Annual administration report of the Civil Veterinary Department of India - 1894-1895
Year: 1894
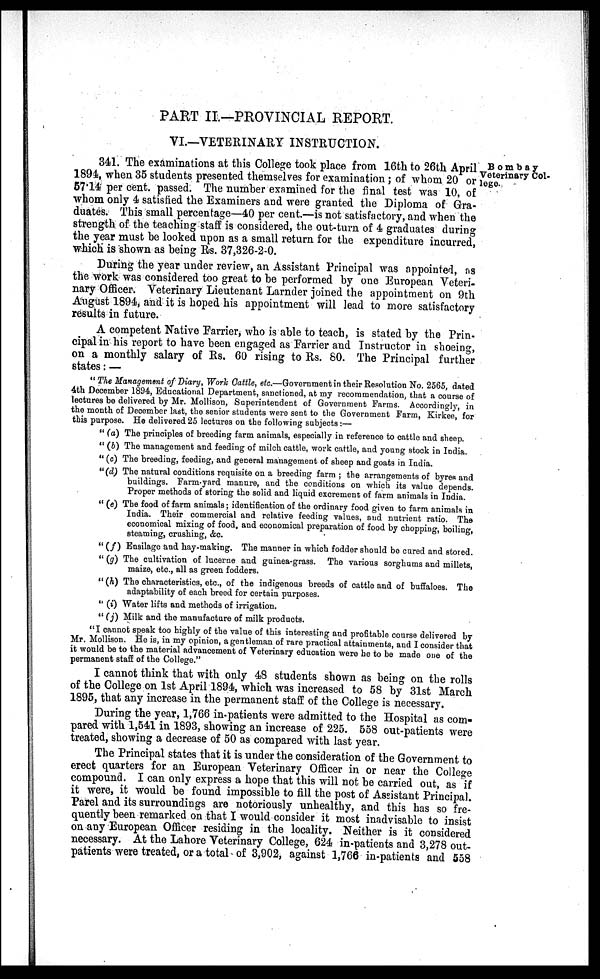
PART II—PROVINCIAL REPORT.
VI.—VETERINARY INSTRUCTION.
Bombay
Veterinary Col-
lege.
341. The examinations at this College took place from 16th to 26th April.
1894, when 35 students presented themselves for examination; of whom 20 or
57.14 per cent, passed. The number examined for the final test was 10, of
whom only 4 satisfied the Examiners and were granted the Diploma of Gra-
duates. This small percentage—40 per cent.—is not satisfactory, and when the
strength of the teaching staff is considered, the out-turn of 4 graduates during
the year must be looked upon as a small return for the expenditure incurred,
which is shown as being Rs. 37,326-2-0.
During the year under review, an Assistant Principal was appointed, as
the work was considered too great to be performed by one European Veteri-
nary Officer. Veterinary Lieutenant Larnder joined the appointment on 9th
August 1894, and it is hoped his appointment will lead to more satisfactory
results in future.
A competent Native Farrier, who is able to teach, is stated by the Prin-
cipal in his report to have been engaged as Farrier and Instructor in shoeing,
on a monthly salary of Rs. 60 rising to Rs. 80. The Principal further
states: —
"The Management of Diary, Work Cattle, etc.—Government in their Resolution No. 2565, dated
4th December 1894, Educational Department, sanctioned, at my recommendation, that a course of
lectures be delivered by Mr. Mollison, Superintendent of Government Farms. Accordingly, in
the month of December last, the senior students were sent to the Government Farm, Kirkee, for
this purpose. He delivered 25 lectures on the following subjects:—
" (a) The principles of breeding farm animals, especially in reference to cattle and sheep.
" (b) The management and feeding of milch cattle, work cattle, and young stock in India.
" (c) The breeding, feeding, and general management of sheep and goats in India.
"(d) The natural conditions requisite on a breeding farm; the arrangements of byres and
buildings. Farm-yard manure, and the conditions on which its value depends.
Proper methods of storing the solid and liquid excrement of farm animals in India.
" (e) The food of farm animals; identification of the ordinary food given to farm animals in
India. Their commercial and relative feeding values, and nutrient ratio. The
economical mixing of food, and economical preparation of food by chopping, boiling,
steaming, crushing, &c.
"(f)
Ensilage and hay-making. The manner in which fodder should be cured and stored.
" (g) The cultivation of lucerne and guinea-grass. The various sorghums and millets,
maize, etc., all as green fodders.
" (h) The characteristics, etc., of the indigenous breeds of cattle and of buffaloes. The
adaptability of each breed for certain purposes.
" (i) Water lifts and methods of irrigation.
" (j) Milk and the manufacture of milk products.
"I cannot speak too highly of the value of this interesting and profitable course delivered by
Mr. Mollison. He is, in my opinion, a gentleman of rare practical attainments, and I consider that
it would be to the material advancement of Veterinary education were he to be made one of the
permanent staff of the College."
I cannot think that with only 48 students shown as being on the rolls
of the College on 1st April 1894, which was increased to 58 by 31st March
1895, that any increase in the permanent staff of the College is necessary.
During the year, 1,766 in-patients were admitted to the Hospital as com-
pared with 1,541 in 1893, showing an increase of 225. 558 out-patients were
treated, showing a decrease of 50 as compared with last year.
The Principal states that it is under the consideration of the Government to
erect quarters for an European Veterinary Officer in or near the College
compound. I can only express a hope that this will not be carried out, as if
it were, it would be found impossible to fill the post of Assistant Principal.
Parel and its surroundings are notoriously unhealthy, and this has so fre-
quently been remarked on that I would consider it most inadvisable to insist
on any European Officer residing in the locality. Neither is it considered
necessary. At the Lahore Veterinary College, 624 in-patients and 3,278 out-
patients were treated, or a total of 3,902, against 1,766 in-patients and 558